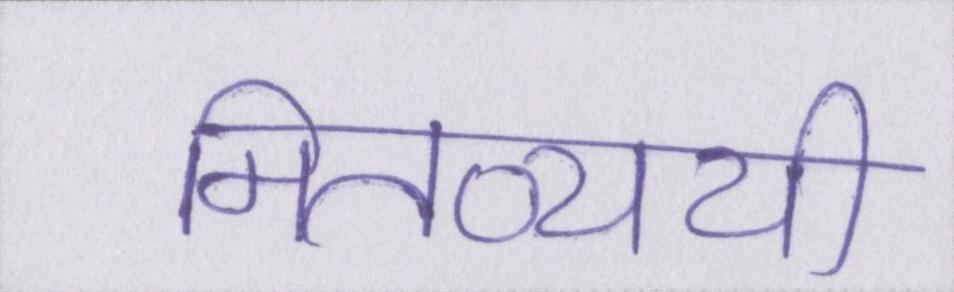
मितव्ययी